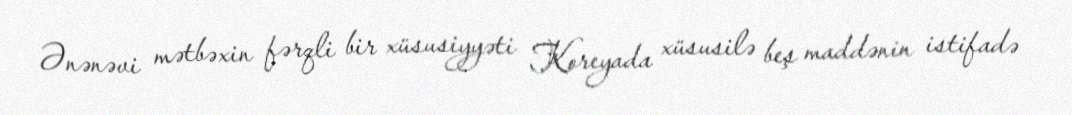
Ənənəvi mətbəxin fərqli bir xüsusiyyəti Koreyada xüsusilə beş maddənin istifadə